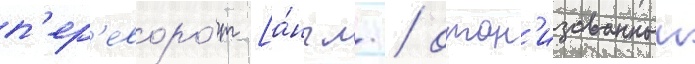
п'ер'еворо́т [а́нгл. / орган'изованныи